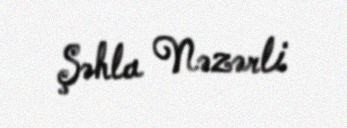
Şəhla Nəzərli